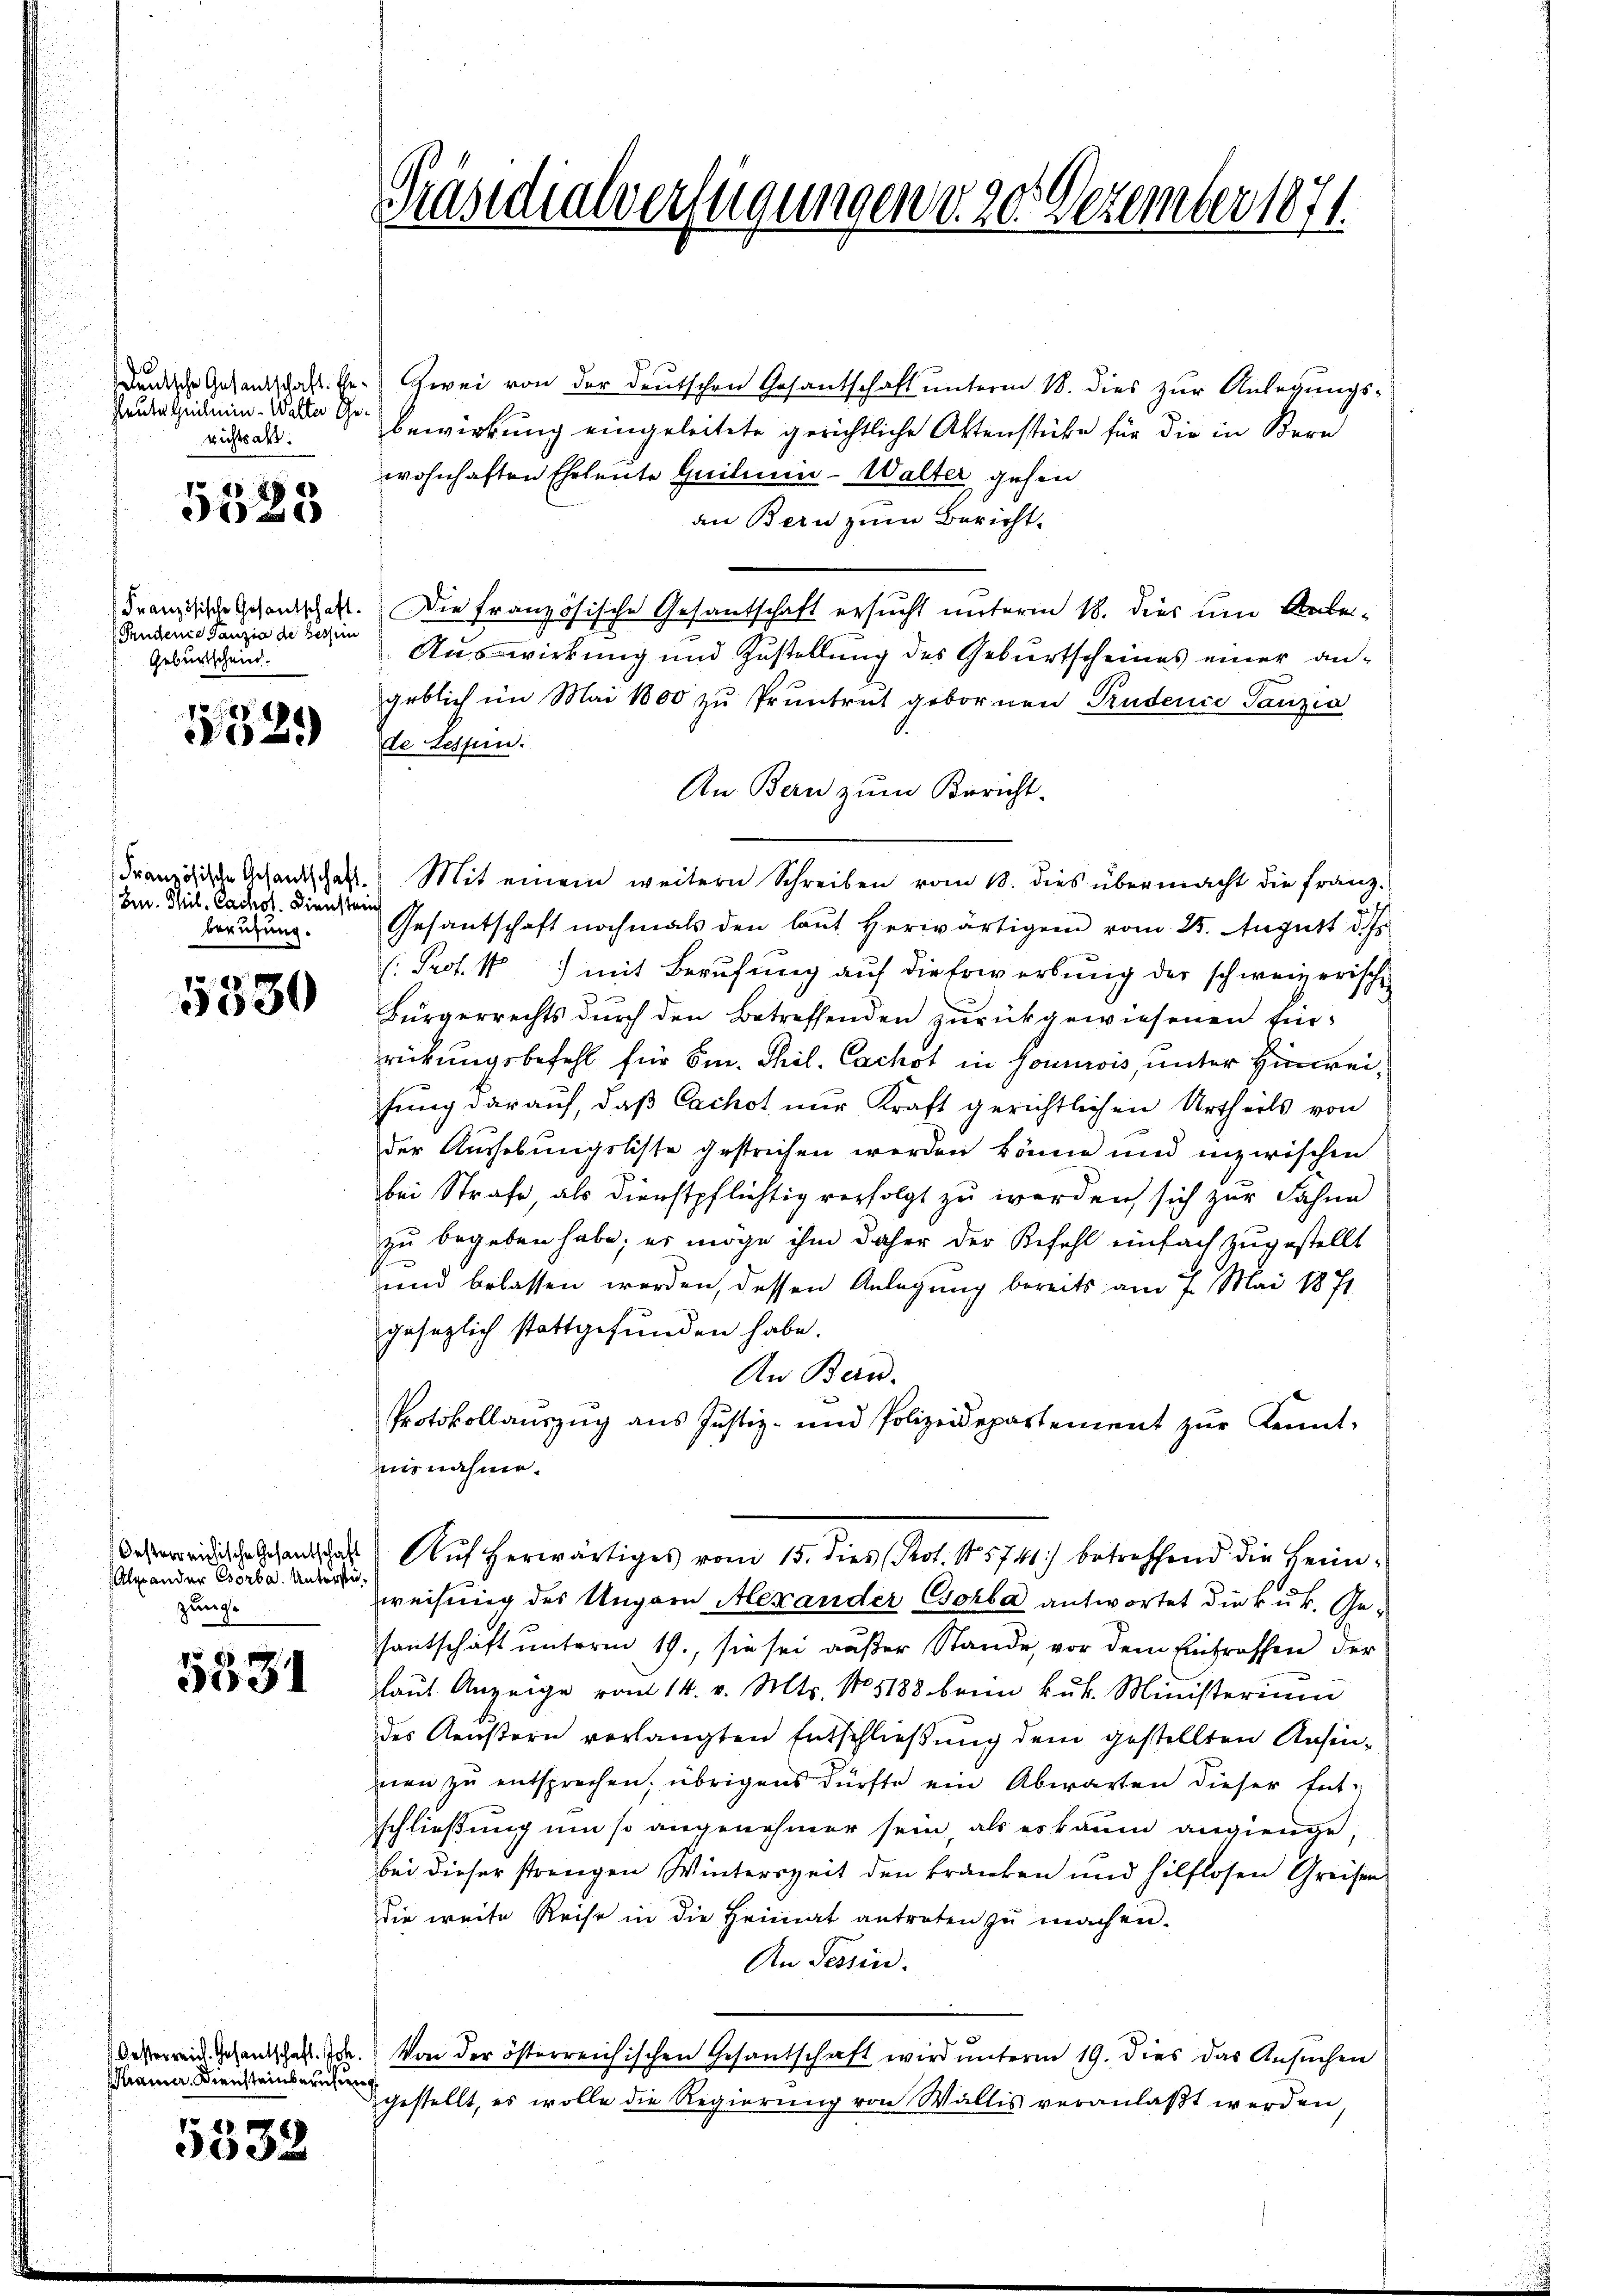
Heute Heilmin- Walter Gerichtsalt:

5525

Fendene Ganzia de bessen
Geburtschein

1525

(Ern. Mil. Cachst. Dienstein
beruzung.

1024
3030

Oesterreichische Gesantschaft
Alander Börba. Unterstüzunge

5531

ramer. Diensteinberufung

4
3003

Denische Gesandschaft bezwei von der deutschen Gesantschaft unterm 18. dies zur Anlegungsbewirkung eingeleitete gerichtliche Aktenstüke für die in Bern
wohnhaften Eheleute Quilien- Walter gehen
an Bern zum Bericht.
Französische Gesandtschaft. Die Französische Gesantschaft ersucht unterm 18. dies um Ueber¬
Auswirkung und Zustellung des Geburtscheines einer angeblich im Mai 1800 zŭ Pruntrut gebornen Pudence Tanzia
de tessen.
An Bern zum Bericht.
Französische Gesandtschaft. Mit einem weitern Schreiben vom 13. dies übermacht die franz-
Gesantschaft nochmals den laŭt herwärtigen vom 25. August d. Js.
( Prof. 1) mit Berufung auf die Erwerbung der schweizerische
Bürgerrechts dŭrch den Betreffenden zŭrückgewiesenen Ein-
rückungsbefehl für Sm. Thil. Cachst in Goumois, unter Hinweifung darauf, daß Cachot nur Kraft gerichtlichen Urtheils von
der Aushebungsliste gestrichen werden könne und inzwischen
bei Strafe, als Dienstpflichtig verfolgt zu werden sich zur Fahne
zu begeben habe; er möge ihm daher der Befehl einfach zugestellt
e
und belassen werden, dessen Anlegung bereits am 7. Mai 1871
gesezlich stattgefunden habe.
An Bern.
Protokollauszug aus Justiz- und Polizeidepartement zur Kenntnisnahme.
Auf herwärtiges vom 15. dies Prot. 5741) betreffend die Leimweisung des Ungarn Alexander Csorba antwortet die kuk. Gesantschaft unterm 19., sie sei außer Stande, vor dem Eintraffen der
laŭt Anzeige vom 14. v. Mts. No 1188 beim k.k. Ministerium
des Aeustern verlangten Entschließung dem gestellten Ansinnen zu entsprechen, übrigens dürfte ein Abwarten dieser Ent-
schließung um so angenehmer sein als es kaum angienge,
bei dieser strengen Winterszeit den kranken und hilflosen Greifer
die weite Reise in die Heimat antreten zŭ machen.
An Tessin.
Oesterrei Gesandschaft d. Von der österreichischen Gesantschaft wird unterm 19. dies das Ansuchen
gestellt, es wolle die Regierung von Wallis veranlaßt werden,

Präsidialverfügungen d. 20. Dezember 1871.